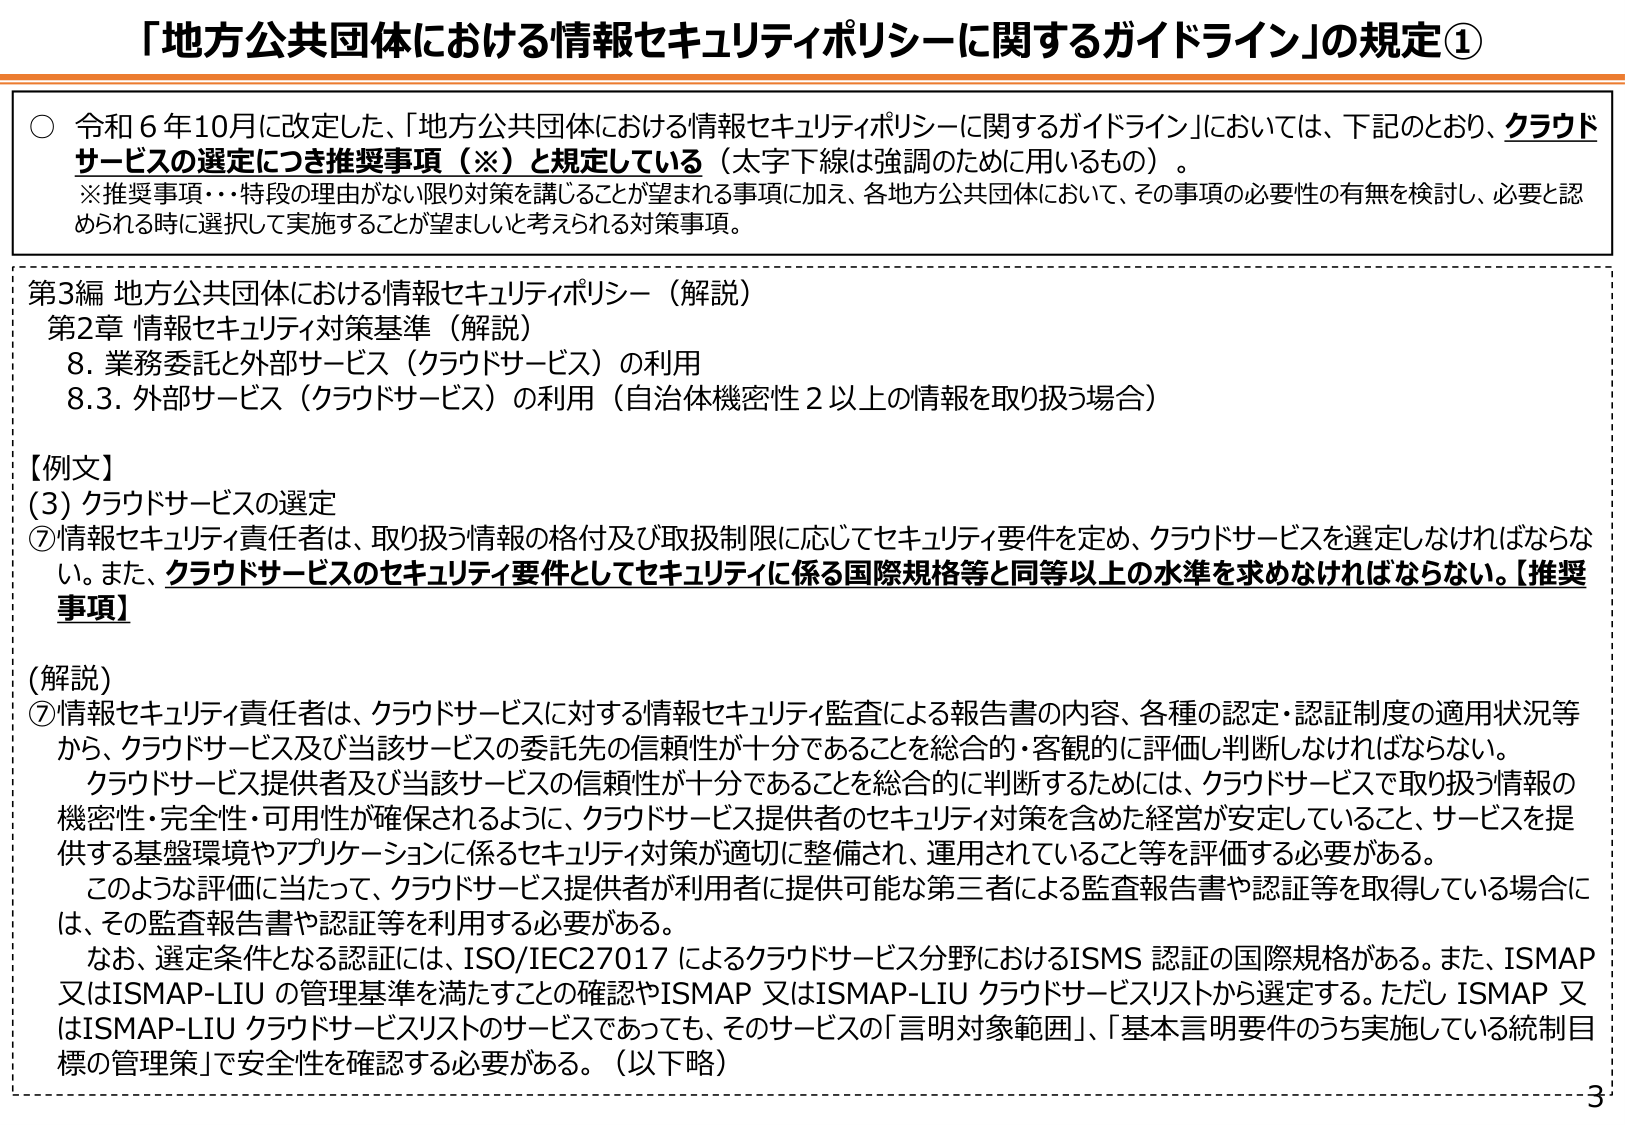
「地方公共団体における情報セキュリティポリシーに関するガイドライン」の規定①

○ 令和６年10月に改定した、「地方公共団体における情報セキュリティポリシーに関するガイドライン」においては、下記のとおり、クラウドサービスの選定につき推奨事項（※）と規定している（太字下線は強調のために用いるもの）。
※推奨事項・・・特段の理由がない限り対策を講じることが望まれる事項に加え、各地方公共団体において、その事項の必要性の有無を検討し、必要と認められる時に選択して実施することが望ましいと考えられる対策事項。

第3編 地方公共団体における情報セキュリティポリシー（解説）
第2章 情報セキュリティ対策基準（解説）
　8. 業務委託と外部サービス（クラウドサービス）の利用
　8.3. 外部サービス（クラウドサービス）の利用（自治体機密性2以上の情報を取り扱う場合）

【例文】
(3) クラウドサービスの選定
⑦情報セキュリティ責任者は、取り扱う情報の格付及び取扱制限に応じてセキュリティ要件を定め、クラウドサービスを選定しなければならない。また、クラウドサービスのセキュリティ要件としてセキュリティに係る国際規格等と同等以上の水準を求めなければならない。【推奨事項】

（解説）
⑦情報セキュリティ責任者は、クラウドサービスに対する情報セキュリティ監査による報告書の内容、各種の認定・認証制度の適用状況等から、クラウドサービス及び当該サービスの委託先の信頼性が十分であることを総合的・客観的に評価し判断しなければならない。
　クラウドサービス提供者及び当該サービスの信頼性が十分であることを総合的に判断するためには、クラウドサービスで取り扱う情報の機密性・完全性・可用性が確保されるように、クラウドサービス提供者のセキュリティ対策を含めた経営が安定していること、サービスを提供する基盤環境やアプリケーションに係るセキュリティ対策が適切に整備され、運用されていること等を評価する必要がある。
　このような評価に当たって、クラウドサービス提供者が利用者に提供可能な第三者による監査報告書や認証等を取得している場合には、その監査報告書や認証等を利用する必要がある。
　なお、選定条件となる認証には、ISO/IEC27017 によるクラウドサービス分野におけるISMS 認証の国際規格がある。また、ISMAP 又はISMAP-LIU の管理基準を満たすことの確認やISMAP 又はISMAP-LIU クラウドサービスリストから選定する。ただし ISMAP 又はISMAP-LIU クラウドサービスリストのサービスであっても、そのサービスの「言明対象範囲」、「基本言明要件のうち実施している統制目標の管理策」で安全性を確認する必要がある。（以下略）

3